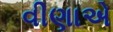
વીણાએ